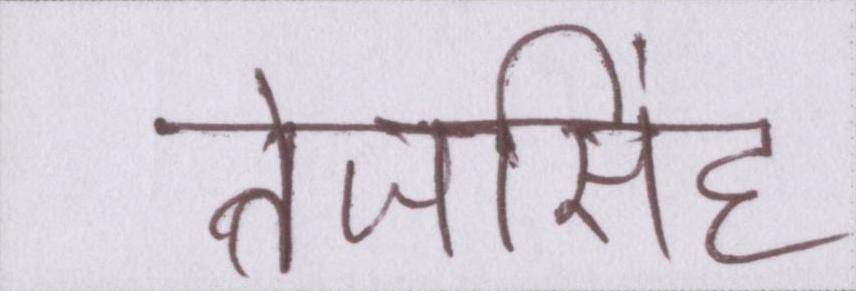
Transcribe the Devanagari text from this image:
तेजसिंह